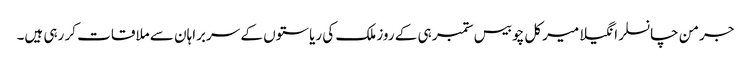
جرمن چانسلر انگیلا میرکل چوبیس ستمبر ہی کے روز ملک کی ریاستوں کے سربراہان سے ملاقات کر رہی ہیں۔